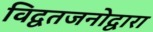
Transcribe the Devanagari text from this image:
विद्वतजनोद्वारा